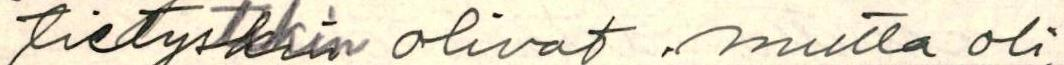
tietyskin olivat, mutta oli